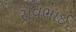
રવિભાઈ